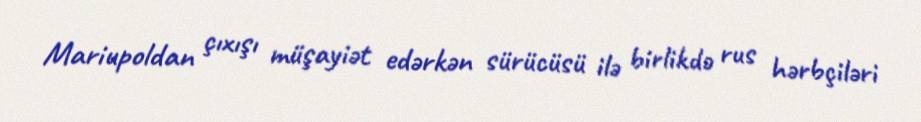
Mariupoldan çıxışı müşayiət edərkən sürücüsü ilə birlikdə rus hərbçiləri